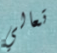
تعالي